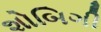
શોબિગી